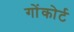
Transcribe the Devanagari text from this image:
गोंकोर्ट